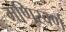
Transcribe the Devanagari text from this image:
मणिस्वर्ण